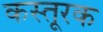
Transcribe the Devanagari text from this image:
कस्तूरक